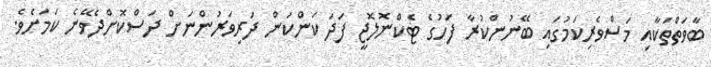
ބާވަތްތަކާއި މަސްވެރިކަމުގައި ބޭނުންކުރާ ފަހުގެ ޓެކްނޮލޮޖީ ފަދަ ކަންކަން ދަރިވަރުންނަށް ދަސްކޮށްދެވޭނެ ކަމަށެވެ.